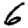
Digit: 6